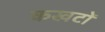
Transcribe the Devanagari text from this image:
कखटों